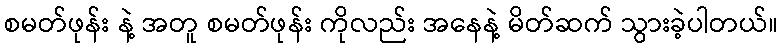
စမတ်ဖုန်း နဲ့ အတူ စမတ်ဖုန်း ကိုလည်း အနေနဲ့ မိတ်ဆက် သွားခဲ့ပါတယ်။